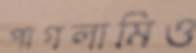
পাগলামিও